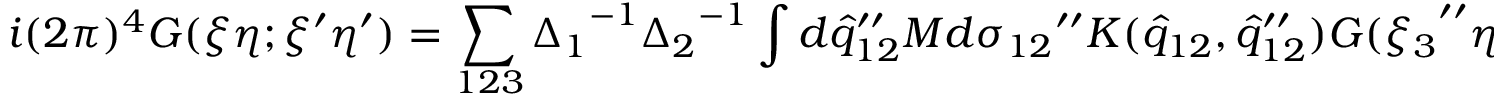
i ( 2 \pi ) ^ { 4 } G ( \xi \eta ; { \xi } ^ { \prime } { \eta } ^ { \prime } ) = \sum _ { 1 2 3 } { \Delta _ { 1 } } ^ { - 1 } { \Delta _ { 2 } } ^ { - 1 } \int d { { \hat { q } } _ { 1 2 } } ^ { \prime \prime } M d { \sigma _ { 1 2 } } ^ { \prime \prime } K ( { \hat { q } } _ { 1 2 } , { { \hat { q } } _ { 1 2 } } ^ { \prime \prime } ) G ( { \xi _ { 3 } } ^ { \prime \prime } { \eta _ { 3 } } ^ { \prime \prime } ; { \xi _ { 3 } } ^ { \prime } { \eta _ { 3 } } ^ { \prime } )